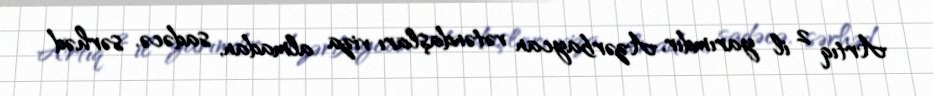
Artıq 2 il yarımdır, Azərbaycan vətəndaşları viza almadan, sadəcə, sərhəd